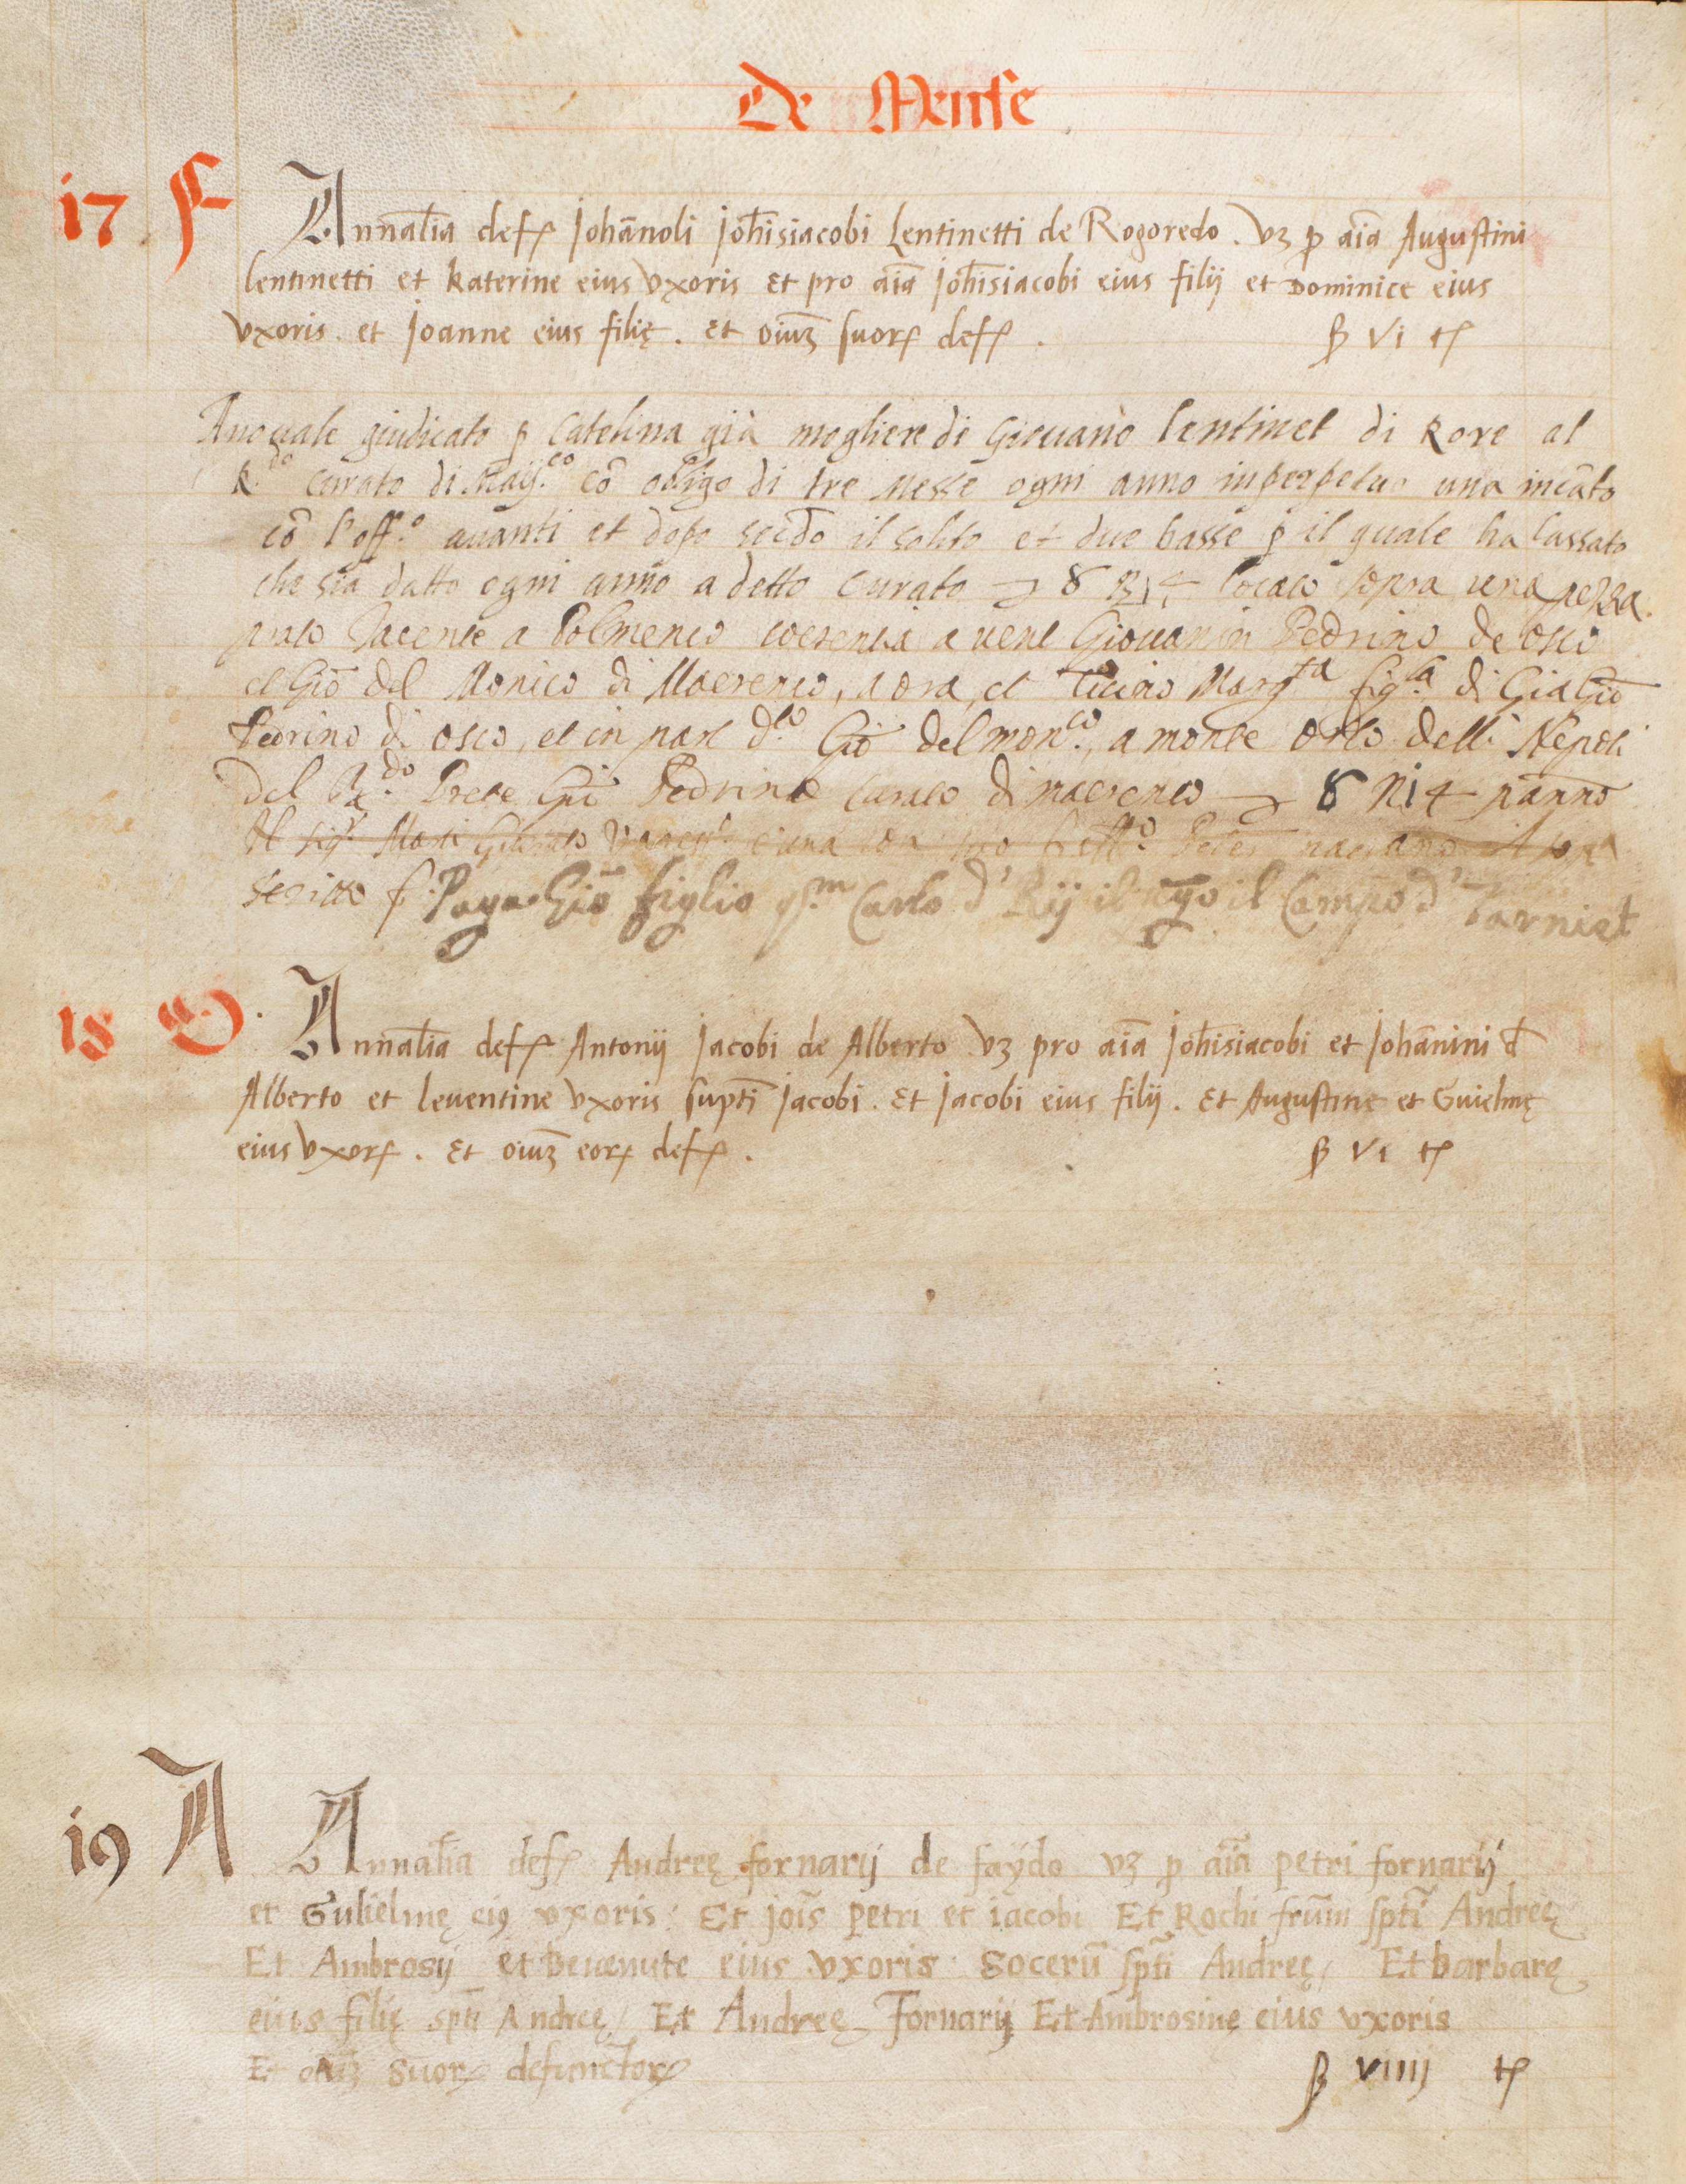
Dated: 1563–1563